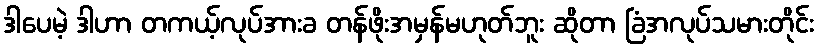
ဒါပေမဲ့ ဒါဟာ တကယ့်လုပ်အားခ တန်ဖိုးအမှန်မဟုတ်ဘူး ဆိုတာ ခြံအလုပ်သမားတိုင်း